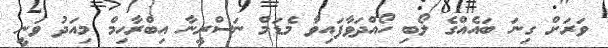
ވަރަށް ގިނަ ބައެއްގެ ލޯބި ހޯއްދަވާފައިވާ މެޑަމް ނަސްރީނާ އިބްރާހިމް މިއަދު ވަނީ